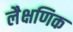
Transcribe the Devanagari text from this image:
लैक्षणिक